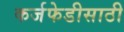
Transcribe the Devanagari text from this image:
कर्जफेडीसाठी